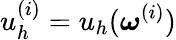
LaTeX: u_{h}^{(i)}=u_{h}(\boldsymbol{\omega}^{(i)})